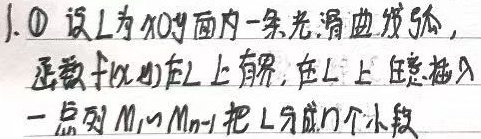
1. \textcircled{1} 设 \(L\) 为 \(xOy\) 面内一条光滑曲线弧，函数 \(f(x,y)\) 在 \(L\) 上有界，在 \(L\) 上任意插入一点列 \(M_{1},\cdots,M_{n - 1}\) 把 \(L\) 分成 \(n\) 个小段